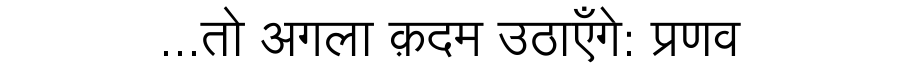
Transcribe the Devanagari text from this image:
...तो अगला क़दम उठाएँगे: प्रणव